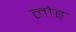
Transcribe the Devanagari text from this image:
लोह्